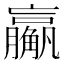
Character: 𬢙